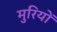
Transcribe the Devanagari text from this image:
मुरियों